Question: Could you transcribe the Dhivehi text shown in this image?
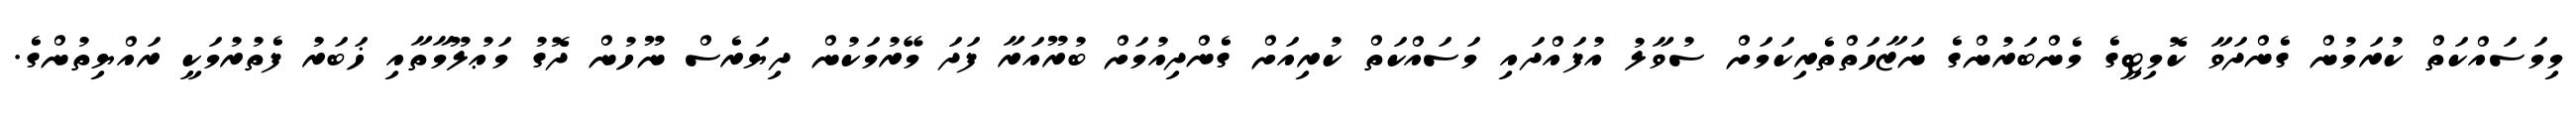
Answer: މިމަސައްކަތް ކުރަމުން ގެންދަވާ ކޮމިޓީގެ މެންބަރުންގެ ނަޒާހަތްތެރިކަމަށް ސުވާލު އުފައްދައި މަސައްކަތް ކުރިއަށް ގެންދިއުމަށް ބުރޫއަރާ ފަދަ މޭރުމަކުން ދިޔަރެސް ނޫހުން ދޮގު މަޢުލޫމާތާއި ޚަބަރު ފެތުރުމަކީ ރައްޔިތުންގެ.